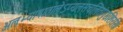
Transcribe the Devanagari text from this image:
अलभ्यापातालेऽप्यलसचलितांगुष्ठशिरसि।